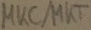
Text: MKC/MKT